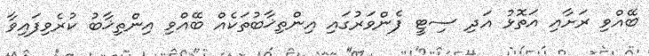
ބޭއްވި ރަށާއި އަތޮޅު އަދި ސިޓީ ފެންވަރުގައި އިންތިޚާބުތަކެއް ބޭއްވި އިންތިޚާބު ކުރެވިފައިވާ